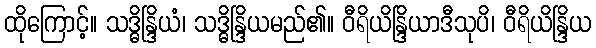
ထိုကြောင့်။ သဒ္ဓိန္ဒြိယံ၊ သဒ္ဓိန္ဒြိယမည်၏။ ဝီရိယိန္ဒြိယာဒီသုပိ၊ ဝီရိယိန္ဒြိယ